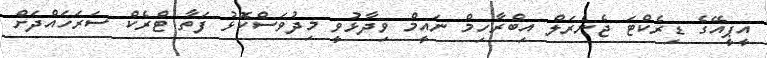
އީޕީއޭގެ ޑިރެކްޓަ ޖެނެރަލް އިބްރާހިމް ނައީމް ވިދާޅުވީ މިދުވަސްކޮޅު ފަތާ ޓްރެކް ސަރަހައްދަށް